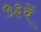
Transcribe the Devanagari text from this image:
५३वें